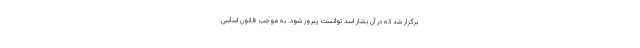
برگزار شد که در آن بشار اسد توانست پیروز شود. به موجب قانون اساسی